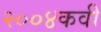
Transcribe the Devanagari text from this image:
२००४कवी